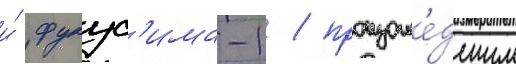
и́ фукус'има-1 / произоше́дшим